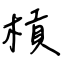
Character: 槓